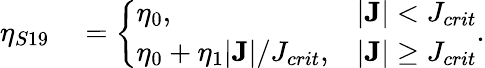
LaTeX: \begin{array}{rl}{\eta_{S19}}&{{}=\left\{ \begin{array}{ll}{\eta_{0},}&{|{\mathbf J}|<J_{crit}}\\ {\eta_{0}+\eta_{1}|{\mathbf J}|/J_{crit},}&{|{\mathbf J}|\geq J_{crit}}\end{array}\right..}\end{array}